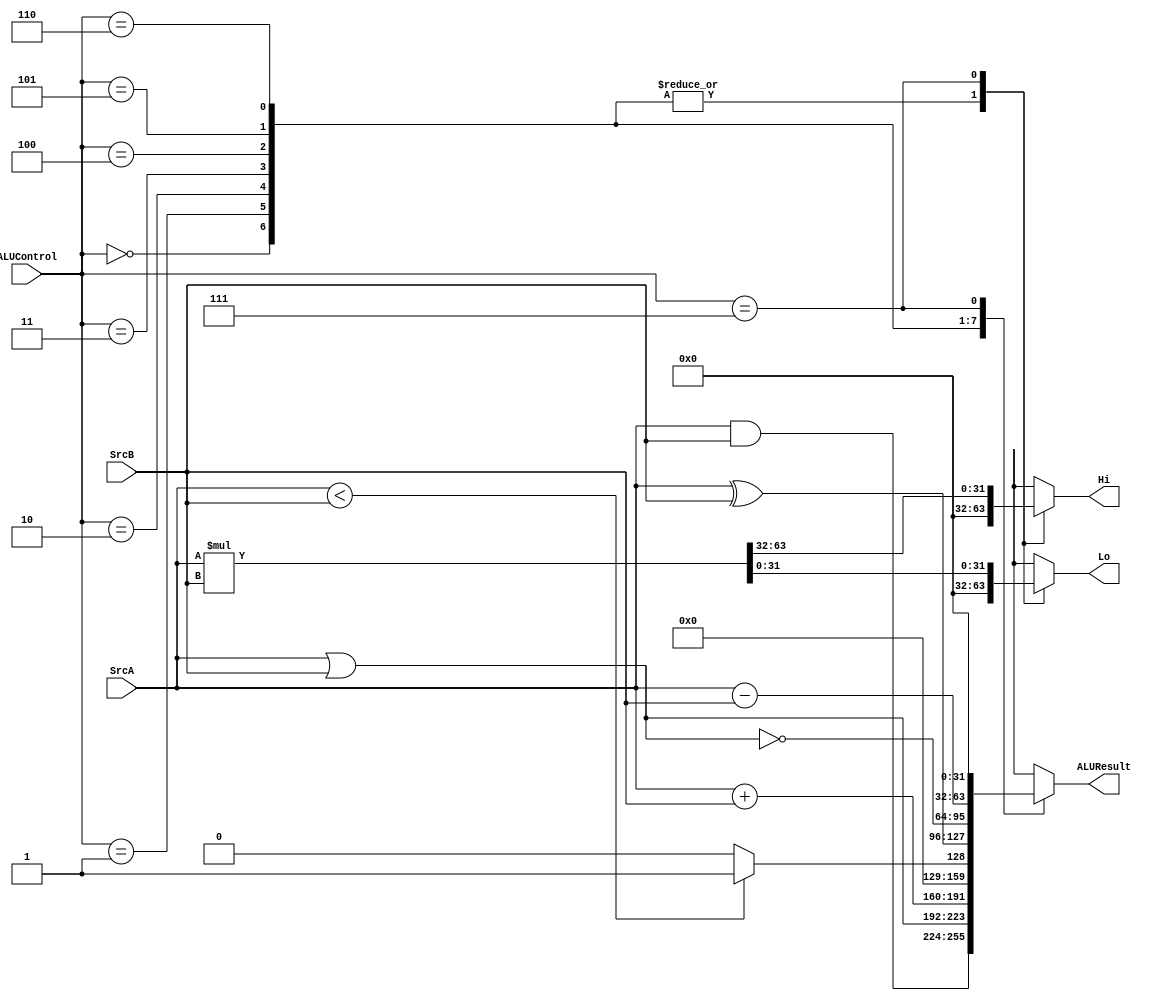
module ALU(
			  input [31:0] SrcA,
			  input [31:0] SrcB,
			  input [2:0]  ALUControl,
			  output reg [31:0] ALUResult,
			  output reg [31:0] Hi,
			  output reg [31:0] Lo
			  );	  

always@(*)
	begin
		ALUResult = 32'b0;
		Hi = 32'b0;
		Lo = 32'b0;
		case(ALUControl)
			3'd0: ALUResult = (SrcA & SrcB); //and
			3'd1: ALUResult = (SrcA | SrcB); //or
			3'd2: ALUResult = (SrcA + SrcB); //add
			3'd3: ALUResult = (SrcA < SrcB) ? 1 : 0; //slt
			3'd4: ALUResult = (SrcA ^ SrcB); //xor
			3'd5: ALUResult = ~(SrcA | SrcB); //nor
			3'd6: ALUResult = (SrcA - SrcB); //sub
			3'd7: {Hi, Lo}  = (SrcA * SrcB); //mult
		endcase
	end
endmodule